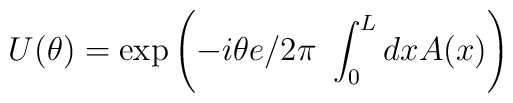
U(\theta) =\exp\left( -i \theta {e}/{2\pi}~\int_0^L dx A(x)\right)